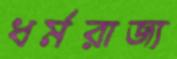
ধর্মরাজ্য